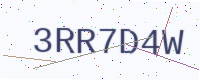
Text: 3RR7D4W